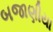
બજાણીયા